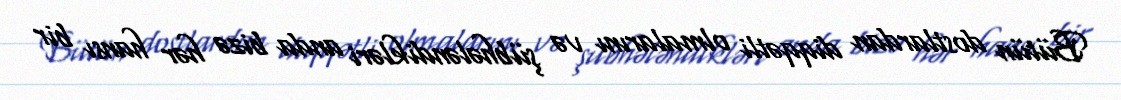
Bütün dostlardan diqqətli olmalarını və şübhələndikləri anda bizə hər hansı bir